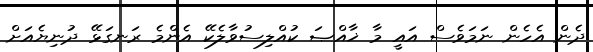
ދެން އެހެން ނަމަވެސް އައީ މާ ޚާއްޞަ ކުއްލިސުވާލެކޭ އެންމެ ރަނގަޅޭ ދުނިޔެއަށް